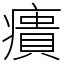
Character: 㿉